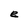
Character: e